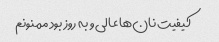
کیفیت نان‌ها عالی و به روز بود ممنونم